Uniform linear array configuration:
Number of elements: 32
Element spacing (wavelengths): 0.75
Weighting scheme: uniform
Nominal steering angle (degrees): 45
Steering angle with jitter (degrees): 46.082
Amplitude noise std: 0.05
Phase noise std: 0.05

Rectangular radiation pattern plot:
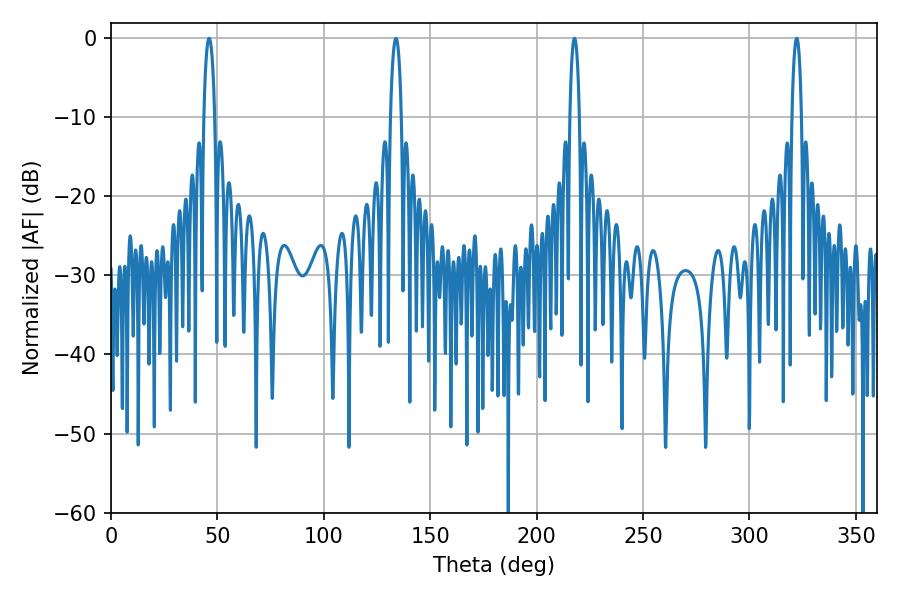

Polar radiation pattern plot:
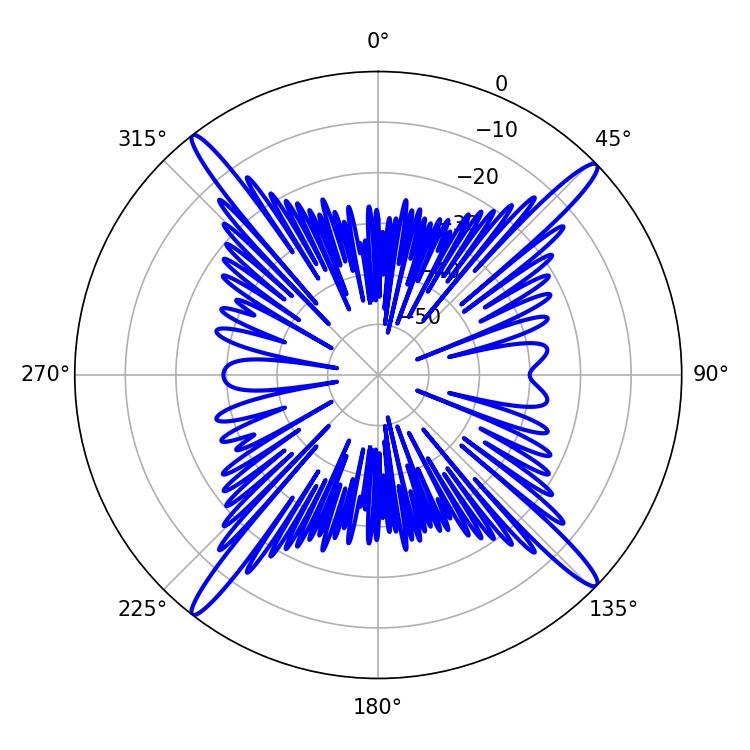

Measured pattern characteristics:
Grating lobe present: TRUE
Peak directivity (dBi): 19.625
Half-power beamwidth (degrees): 2.52
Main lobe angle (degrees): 217.8